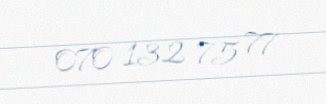
070 132 75 77